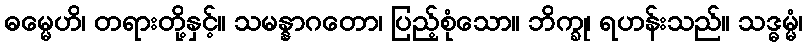
ဓမ္မေဟိ၊ တရားတို့နှင့်။ သမန္နာဂတော၊ ပြည့်စုံသော။ ဘိက္ခု၊ ရဟန်းသည်။ သဒ္ဓမ္မံ၊